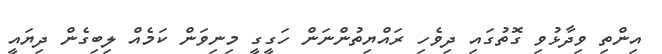
އިންތި ވިދާޅުވި ގޮތުގައި ދިވެހި ރައްޔިތުންނަން ހަގީގީ މިނިވަން ކަމެއް ލިބިގެން ދިޔައީ